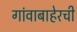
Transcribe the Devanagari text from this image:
गांवाबाहेरची